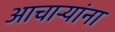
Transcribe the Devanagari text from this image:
आचार्‍यांना